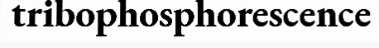
tribophosphorescence